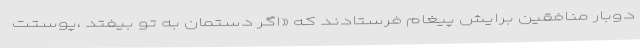
دوبار منافقین برایش پیغام فرستادند که «اگر دستمان به تو بیفتد ،پوستت